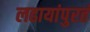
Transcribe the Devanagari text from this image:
लढायांपुरतं